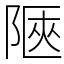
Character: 陿